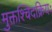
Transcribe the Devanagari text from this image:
मुक्तश्चिदक्रियः